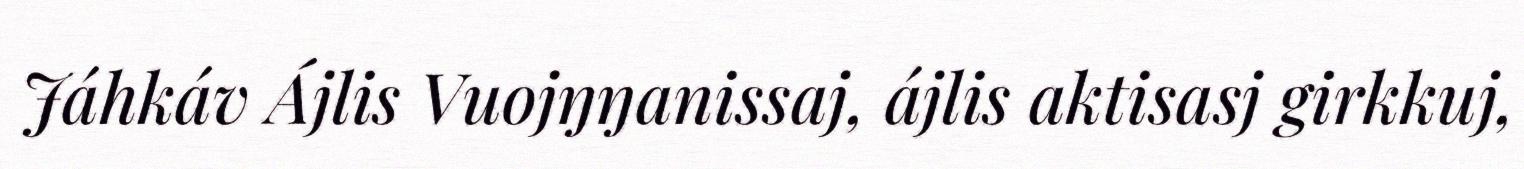
Jáhkáv Ájlis Vuojŋŋanissaj, ájlis aktisasj girkkuj,